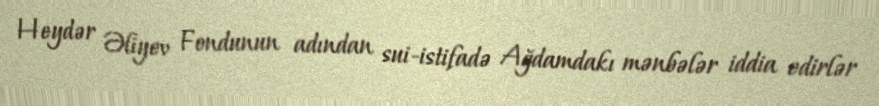
Heydər Əliyev Fondunun adından sui-istifadə Ağdamdakı mənbələr iddia edirlər